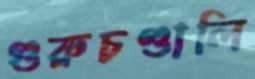
গুরুচণ্ডালি